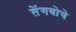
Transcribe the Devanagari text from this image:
तेंगबोचे